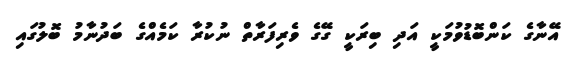
އޭނާގެ ކަންބޮޑުވުމަކީ އަދި ބިރަކީ ގޭގެ ވެރިފަރާތް ނުކުރާ ކަމެއްގެ ބަދުނާމު ބޮލުގައި